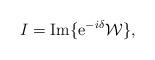
LaTeX: \begin{align*}I={\mathrm{Im}}\{{\mathrm e}^{-i\delta}{\cal W}\},\end{align*}